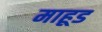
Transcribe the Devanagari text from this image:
माहूड